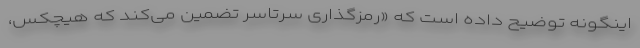
اینگونه توضیح داده است که «رمزگذاری سرتاسر تضمین می‌کند که هیچکس،